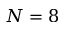
N = 8